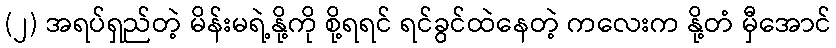
(၂) အရပ်ရှည်တဲ့ မိန်းမရဲ့နို့ကို စို့ရရင် ရင်ခွင်ထဲနေတဲ့ ကလေးက နို့တံ မှီအောင်